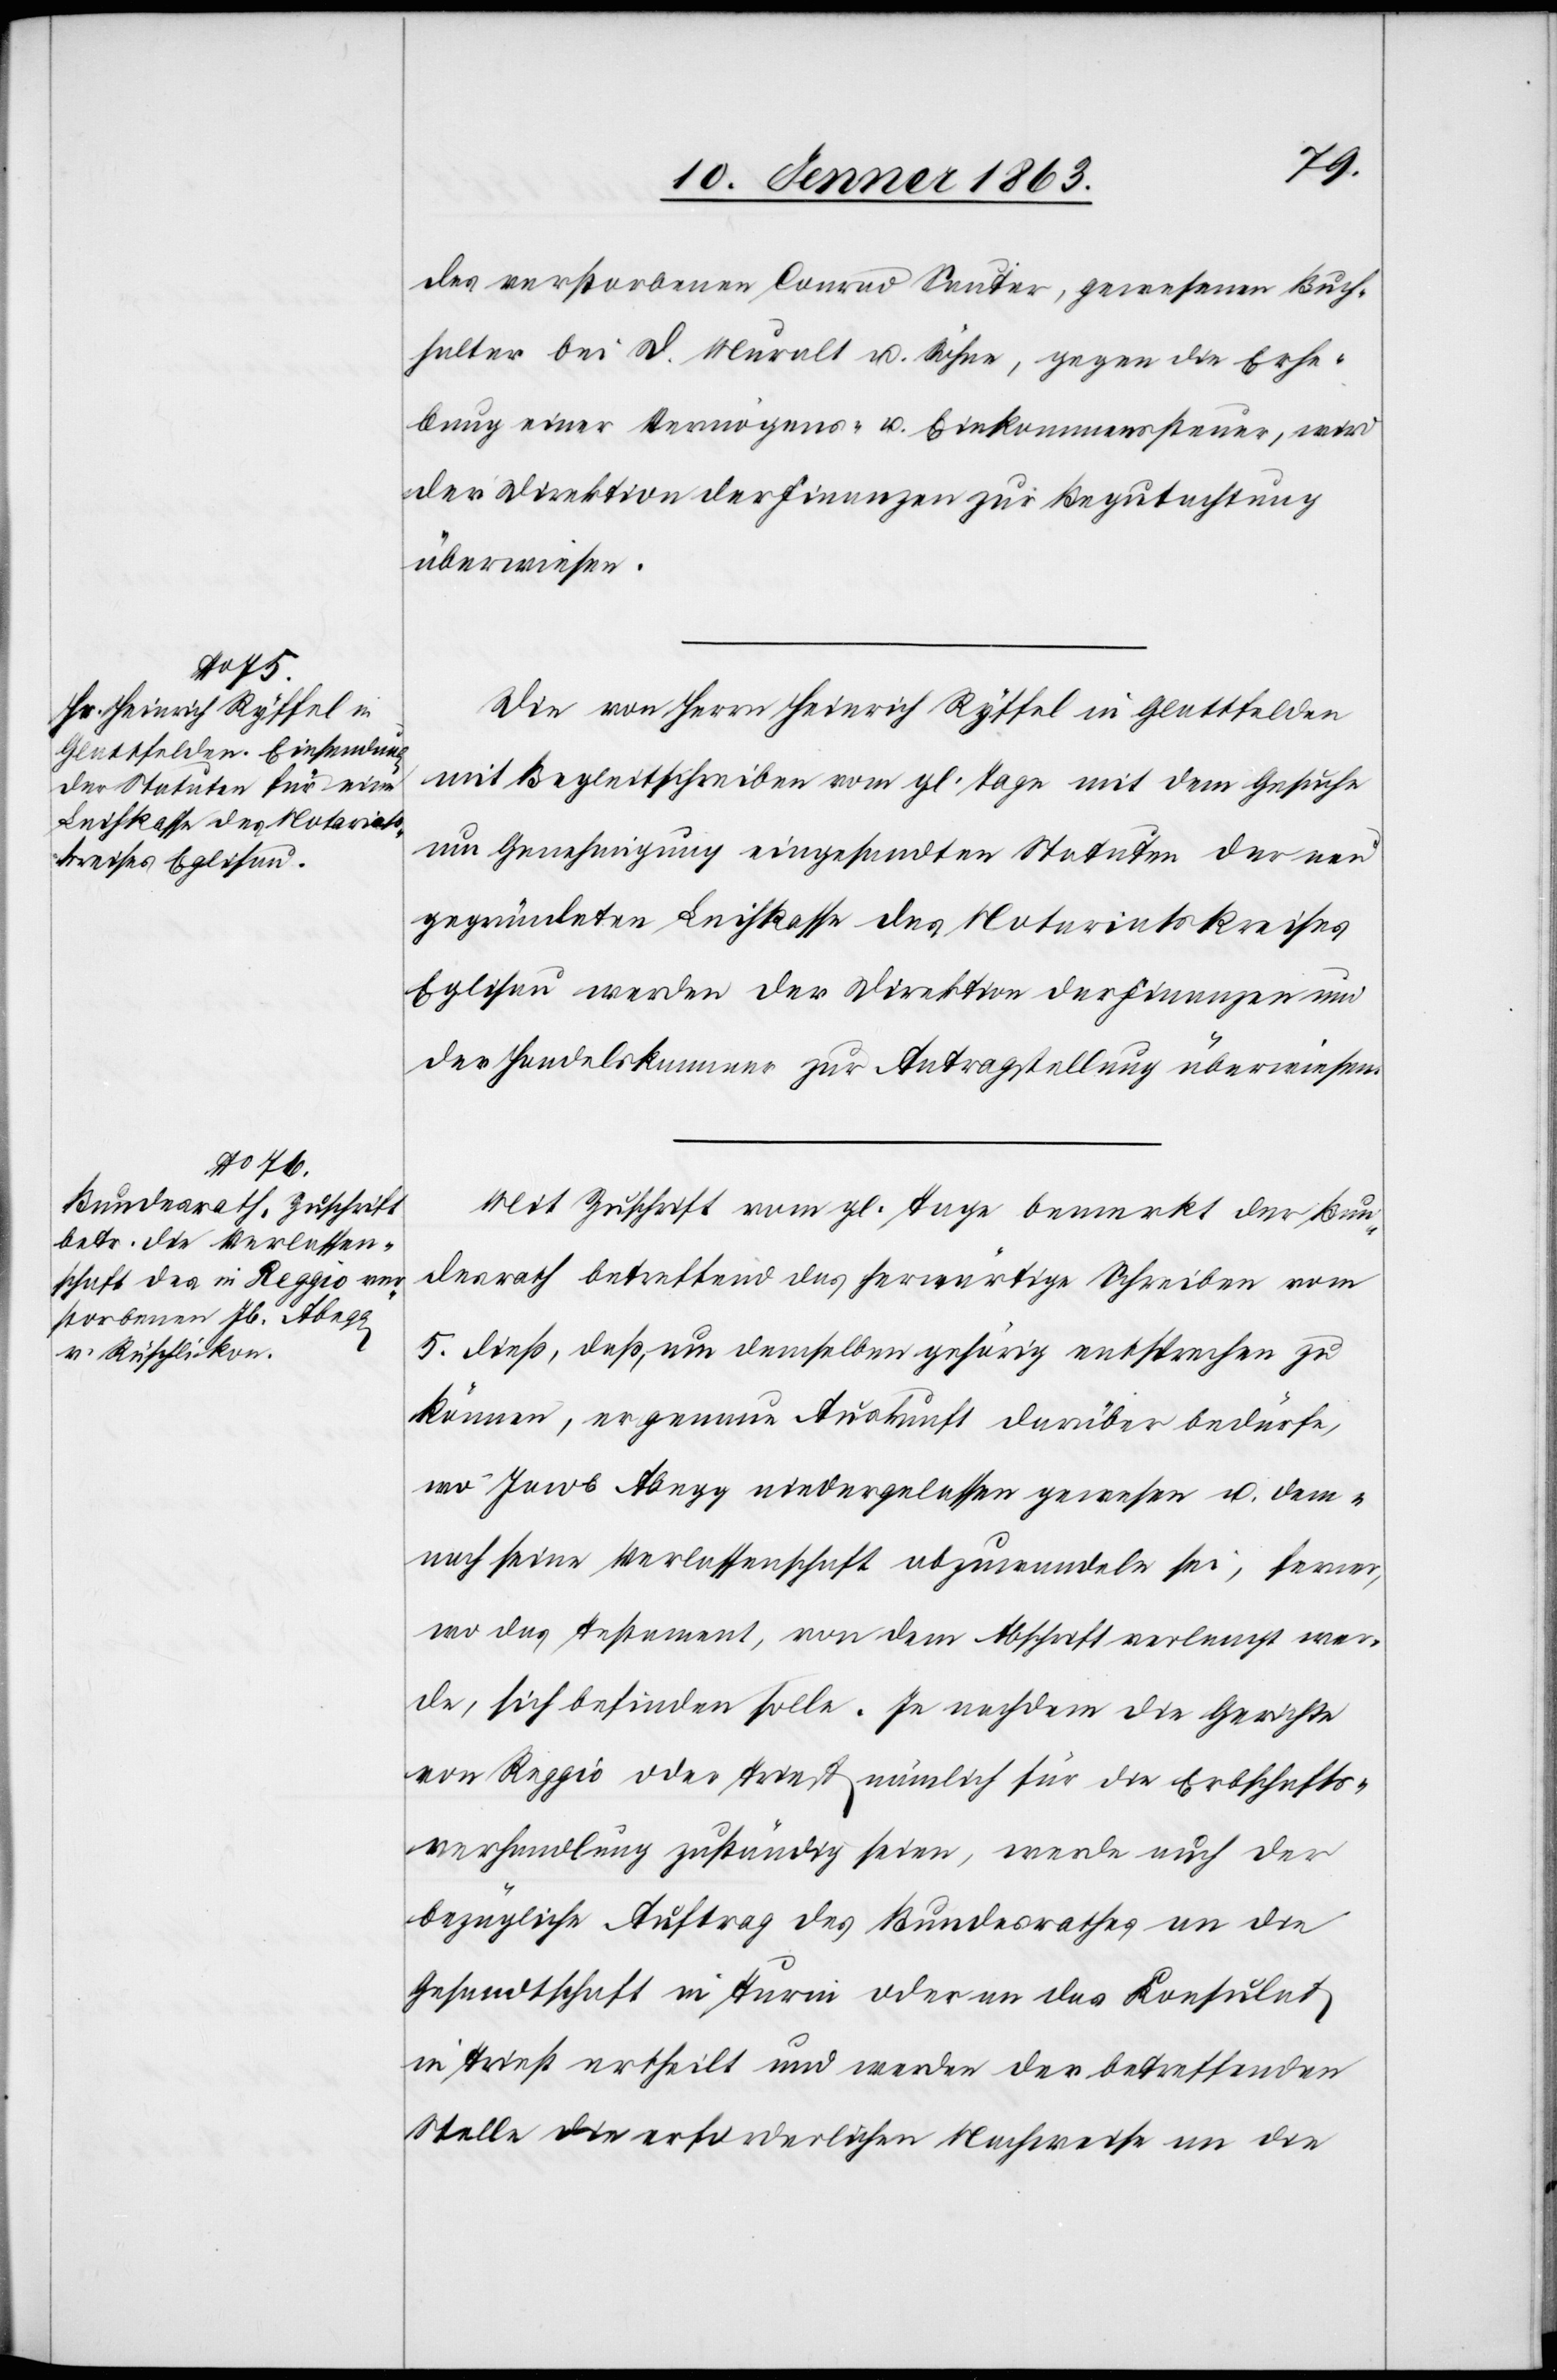
10. Jenner 1863.]
des verstorbenen Conrad Sauter, gewesenen Buch¬
halter bei D. Muralt u. Söhne, gegen die Erhe¬
bung einer Vermögens- u. Einkommenssteuer, wird
der Direktion der Finanzen zur Begutachtung
überwiesen.
Die von Herrn Heinrich Ryffel in Glattfelden
mit Begleitschreiben vom gl. Tage mit dem Gesuche
um Genehmigung eingesandten Statuten der neu
gegründeten Leihkasse des Notariatskreises
Eglisau werden der Direktion der Finanzen und
der Handelskammer zur Antragstellung überwiesen.
Mit Zuschrift vom gl. Tage bemerkt der Bun¬
desrath betreffend das herwärtige Schreiben vom
5. dieß, daß, um demselben gehörig entsprechen zu
können, er genaue Auskunft darüber bedürfe,
wo Jacob Abegg niedergelassen gewesen u. dem¬
nach seine Verlassenschaft abzuwandeln sei, ferner,
wo das Testament, von dem Abschrift verlangt wer¬
de, sich befinden solle. Je nachdem die Gerichte
von Reggio oder Triest nämlich für die Erbschafts¬
verhandlung zuständig seien, werde auch der
bezügliche Auftrag des Bundesrathes an die
Gesandtschaft in Turin oder an das Konsulat
in Triest ertheilt und werden der betreffenden
Stelle die erforderlichen Nachweise an die